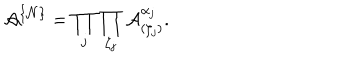
{ \mathcal A } ^ { \{ { \mathcal N } \} } = \prod _ { j } \prod _ { \zeta _ { j } } { \mathcal A } _ { ( \zeta _ { j } ) } ^ { \alpha _ { j } } .